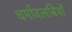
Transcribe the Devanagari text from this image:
धर्मावलबियों